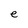
Character: e